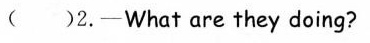
( )2. —What are they doing?